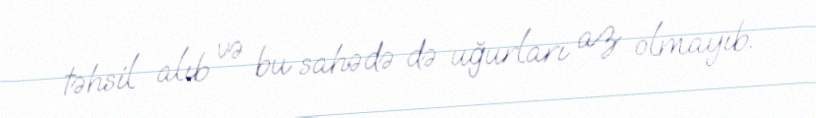
təhsil alıb və bu sahədə də uğurları az olmayıb.